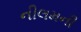
નીલમની